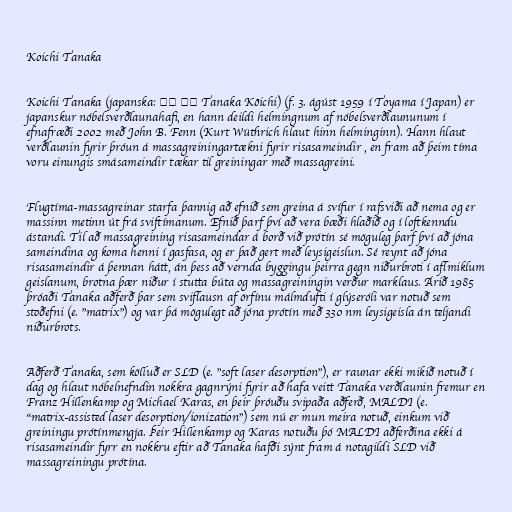
Koichi Tanaka

Koichi Tanaka (japanska: 田中 耕一 Tanaka Kōichi) (f. 3. ágúst 1959 í Toyama í Japan) er
japanskur nóbelsverðlaunahafi, en hann deildi helmingnum af nóbelsverðlaununum í
efnafræði 2002 með John B. Fenn (Kurt Wüthrich hlaut hinn helminginn). Hann hlaut
verðlaunin fyrir þróun á massagreiningartækni fyrir risasameindir , en fram að þeim tíma
voru einungis smásameindir tækar til greiningar með massagreini.

Flugtíma-massagreinar starfa þannig að efnið sem greina á svífur í rafsviði að nema og er
massinn metinn út frá sviftímanum. Efnið þarf því að vera bæði hlaðið og í loftkenndu
ástandi. Til að massagreining risasameindar á borð við prótín sé möguleg þarf því að jóna
sameindina og koma henni í gasfasa, og er það gert með leysigeislun. Sé reynt að jóna
risasameindir á þennan hátt, án þess að vernda byggingu þeirra gegn niðurbroti í aflmiklum
geislanum, brotna þær niður í stutta búta og massagreiningin verður marklaus. Árið 1985
þróaði Tanaka aðferð þar sem sviflausn af örfínu málmdufti í glýseróli var notuð sem
stoðefni (e. "matrix") og var þá mögulegt að jóna prótín með 330 nm leysigeisla án teljandi
niðurbrots.

Aðferð Tanaka, sem kölluð er SLD (e. "soft laser desorption"), er raunar ekki mikið notuð í
dag og hlaut nóbelnefndin nokkra gagnrýni fyrir að hafa veitt Tanaka verðlaunin fremur en
Franz Hillenkamp og Michael Karas, en þeir þróuðu svipaða aðferð, MALDI (e.
"matrix-assisted laser desorption/ionization") sem nú er mun meira notuð, einkum við
greiningu prótínmengja. Þeir Hillenkamp og Karas notuðu þó MALDI aðferðina ekki á
risasameindir fyrr en nokkru eftir að Tanaka hafði sýnt fram á notagildi SLD við
massagreiningu prótína.